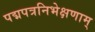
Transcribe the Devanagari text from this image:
पद्मपत्रनिभेक्षणाम्